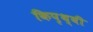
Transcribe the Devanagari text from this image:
किपृथ्वी